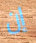
إن